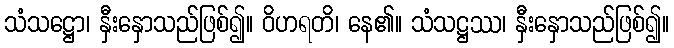
သံသဋ္ဌော၊ နှီးနှောသည်ဖြစ်၍။ ဝိဟရတိ၊ နေ၏။ သံသဋ္ဌဿ၊ နှီးနှောသည်ဖြစ်၍။